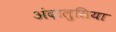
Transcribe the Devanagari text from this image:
अंदालुसिया